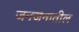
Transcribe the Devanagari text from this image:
जनजनातील